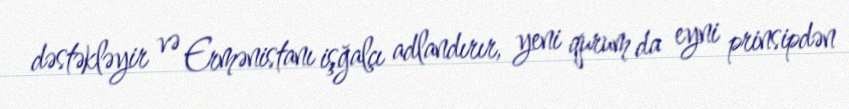
dəstəkləyir və Ermənistanı işğalçı adlandırır, yeni qurum da eyni prinsipdən